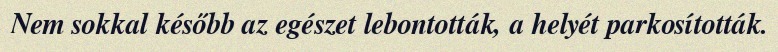
Nem sokkal később az egészet lebontották, a helyét parkosították.